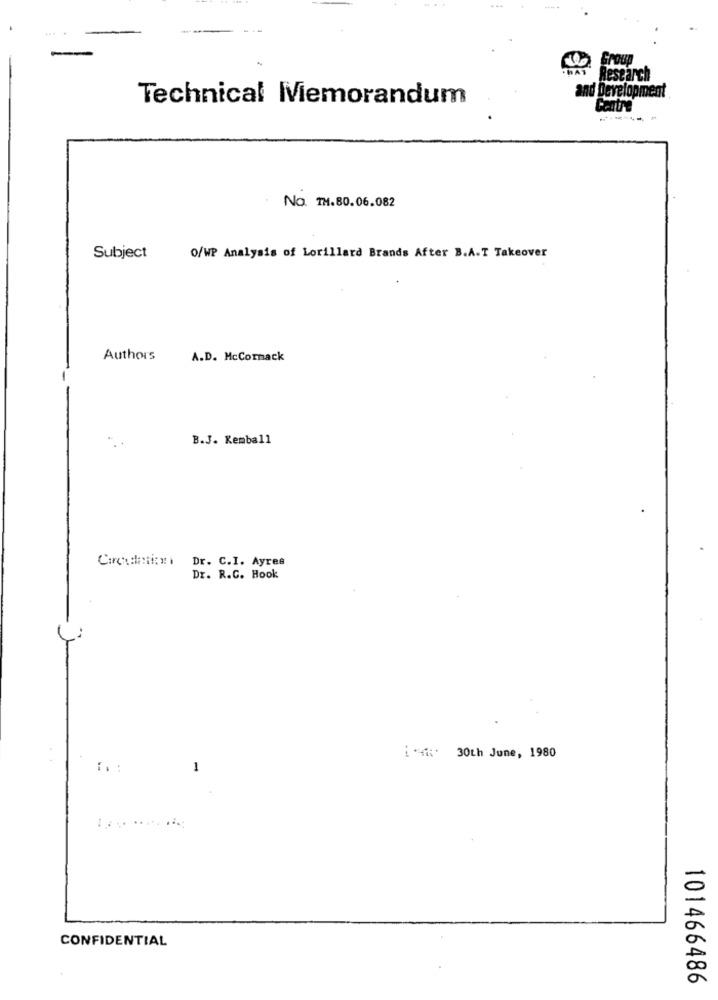
Group
Research
Technical Memorandum
and Development
Centre
------- -
NO. TH.80.06.082
-
Subject
O/WP Analysis of Lorillard Brands After B.A.T Takeover
Authors
A.D. McCormack
B.J. Kemball
Circulation
Dr. C.I. Ayres
Dr. R.C. Hook
i yii: 30th June, 1980
:. :
1
CONFIDENTIAL
101466486